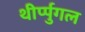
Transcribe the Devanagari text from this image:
थीर्प्पुगल